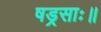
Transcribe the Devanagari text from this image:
षड्रसाः॥